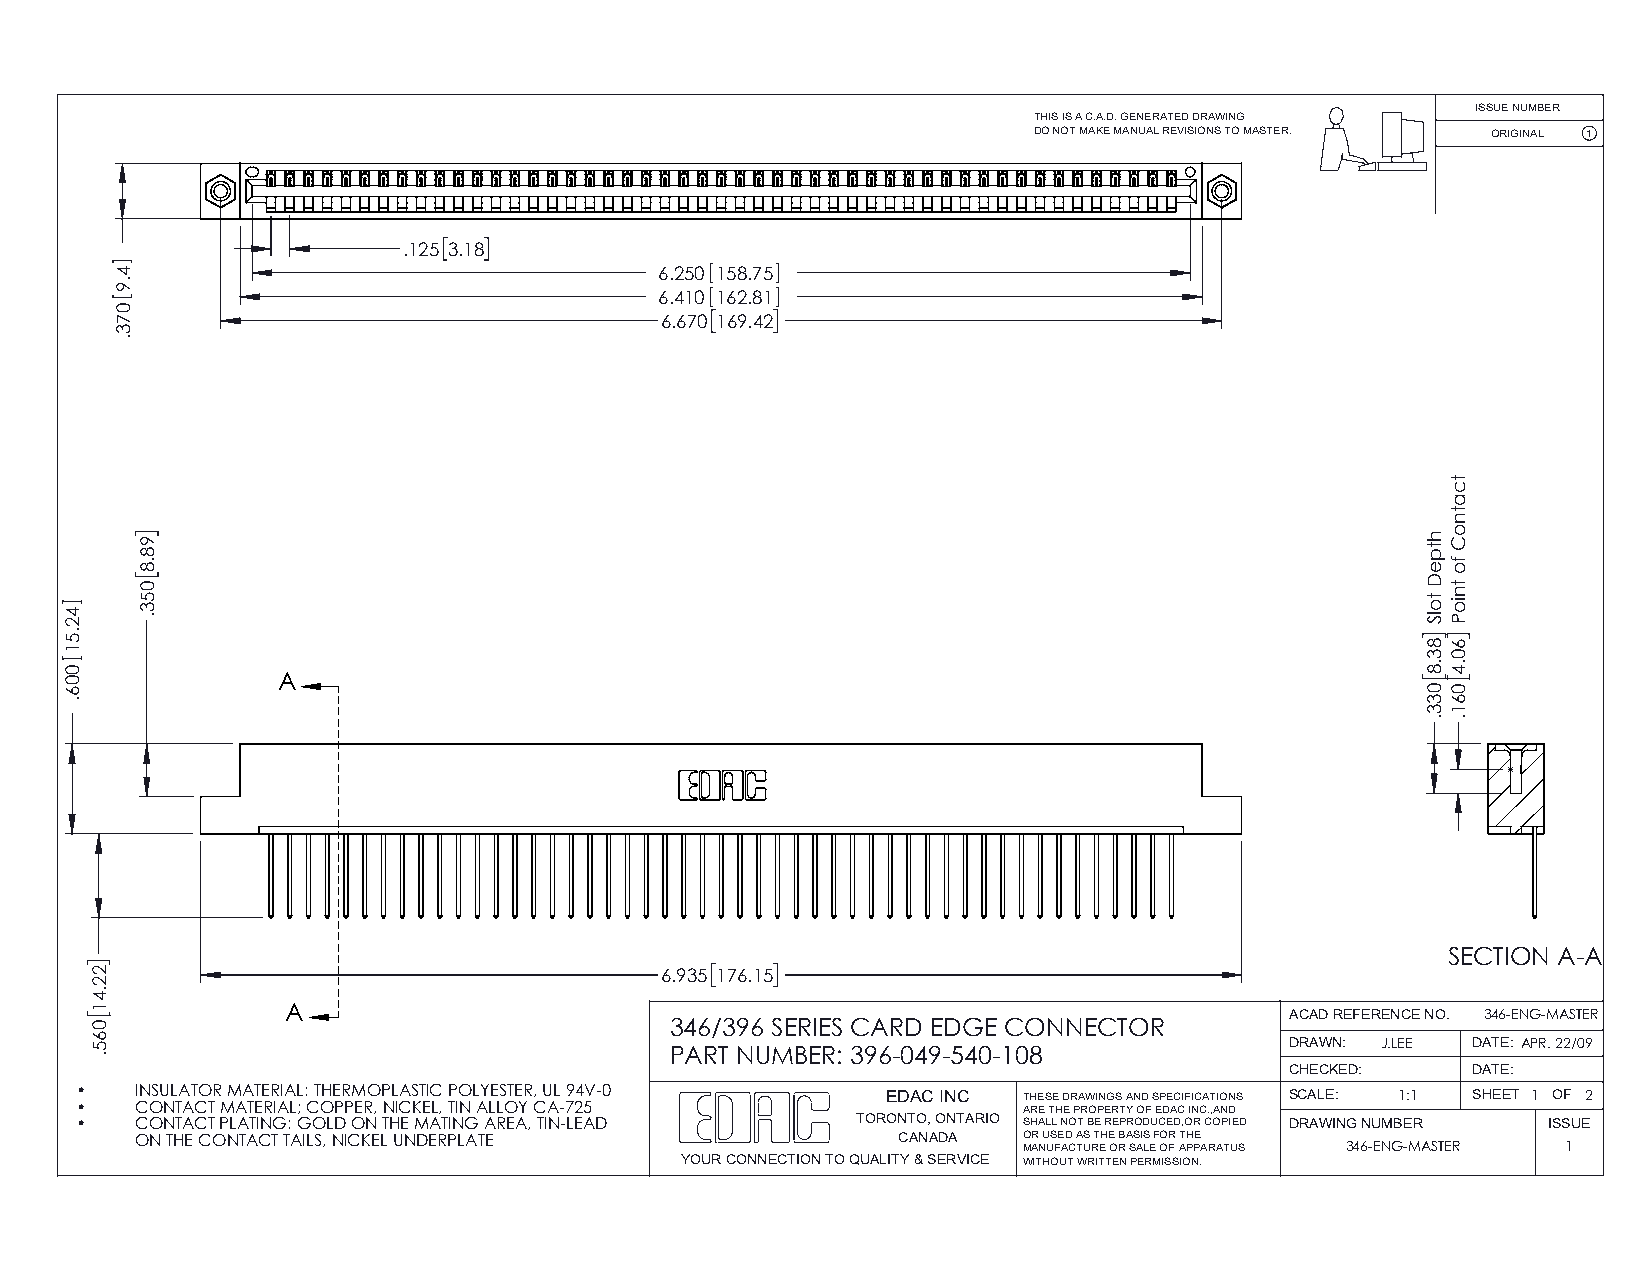
ISSUE NUMBER
 THIS IS A C.A.D. GENERATED DRAWING
 DO NOT MAKE MANUAL REVISIONS TO MASTER. ORIGINAL 1
 .125 3.18
 6.250 158.75
 6.410 162.81
 6.670 169.42
 A
 SECTION A-A
 6.935 176.15
 A                                                                 ACAD REFERENCE NO. 346-ENG-MASTER
 346/396 SERIES CARD EDGE CONNECTOR
 DRAWN: J.LEE DATE: APR. 22/09
 PART NUMBER: 396-049-540-108
 CHECKED:    DATE:
 •   INSULATOR MATERIAL: THERMOPLASTIC POLYESTER, UL 94V-0 EDAC INC THESE DRAWINGS AND SPECIFICATIONS SCALE: 1:1 SHEET 1 OF 2
 •   CONTACT MATERIAL; COPPER, NICKEL, TIN ALLOY CA-725         ARE THE PROPERTY OF EDAC INC.,AND
 •   CONTACT PLATING: GOLD ON THE MATING AREA, TIN-LEAD TORONTO, ONTARIO SHALL NOT BE REPRODUCED,OR COPIED DRAWING NUMBER ISSUE
 ON THE CONTACT TAILS, NICKEL UNDERPLATE           CANADA   OR USED AS THE BASIS FOR THE
 MANUFACTURE OR SALE OF APPARATUS 346-ENG-MASTER 1
 YOUR CONNECTION TO QUALITY & SERVICE WITHOUT WRITTEN PERMISSION.
 42.51
 006.
 22.41
 065.
 4.9
 073.
 98.8
 053.
 htpeD
 tolS
 83.8
 033.
 tcatnoC
 fo
 tnioP
 60.4
 061.